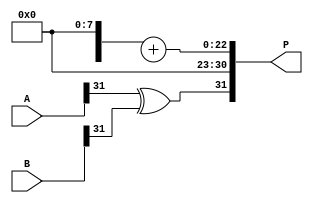
module floating_point_wallace_tree_multiplier #(
    parameter E = 8, // Number of exponent bits
    parameter M = 23  // Number of mantissa bits
)(
    input [E + M:0] A, // Floating point A (sign + exponent + mantissa)
    input [E + M:0] B, // Floating point B (sign + exponent + mantissa)
    output reg [E + M:0] P // Floating point Product (sign + exponent + mantissa)
);

    // Internal signals
    wire sign_a = A[E + M]; // Sign bit of A
    wire sign_b = B[E + M]; // Sign bit of B
    wire [E-1:0] exponent_a = A[E + M - 1:E + M - E]; // Exponent of A
    wire [E-1:0] exponent_b = B[E + M - 1:E + M - E]; // Exponent of B
    wire [M-1:0] mantissa_a = A[M - 1:0]; // Mantissa of A
    wire [M-1:0] mantissa_b = B[M - 1:0]; // Mantissa of B

    wire [M:0] mantissa_a_ext = {1'b1, mantissa_a}; // Normalized mantissa with implicit leading 1
    wire [M:0] mantissa_b_ext = {1'b1, mantissa_b}; // Normalized mantissa with implicit leading 1

    wire [2*M:0] partial_products[M-1:0]; // Partial products for Wallace Tree
    wire [M:0] sum, carry; // For final sum and carry

    // Generate partial products
    genvar i, j;
    generate
        for (i = 0; i < M; i = i + 1) begin: pp_gen
            for (j = 0; j < M; j = j + 1) begin: pp_inner_gen
                assign partial_products[i][j + i] = mantissa_a_ext[i] & mantissa_b_ext[j]; // AND gate for partial products
            end
        end
    endgenerate

    // Wallace tree reduction to sum and carry
    // Here, we will just do a simple reduction for demonstration. 
    // A rigorous Wallace Tree implementation would involve multiple stages of carry save addition.
    wire [M:0] sum_temp [M:0]; // Temporary sums for reduction
    wire [M:0] carry_temp [M:0]; // Temporary carries for reduction

    // Simple adder for the first level of addition
    // In practice, you may need a more complex structure.
    assign {carry_temp[0], sum_temp[0]} = partial_products[0] + partial_products[1];
    assign {carry_temp[1], sum_temp[1]} = sum_temp[0] + partial_products[2];

    // Final addition
    assign {carry, sum} = sum_temp[M-1] + carry_temp[M-1];

    // Exponent calculation
    reg [E:0] exponent_result; // Includes overflow bit
    always @(*) begin
        exponent_result = exponent_a + exponent_b - (2 ** (E-1) - 1); // Adjust bias
    end

    // Sign calculation
    wire sign_result = sign_a ^ sign_b;

    // Output packaging (final result)
    always @(*) begin
        P[E + M] = sign_result; // Set the sign
        P[E + M - 1:E] = exponent_result[E-1:0]; // Set the exponent
        P[M - 1:0] = sum[M - 1:0]; // Set the mantissa
    end

endmodule